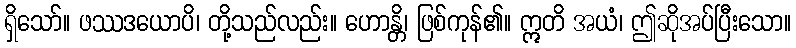
ရှိသော်။ ဖဿဒယောပိ၊ တို့သည်လည်း။ ဟောန္တိ၊ ဖြစ်ကုန်၏။ ဣတိ အယံ၊ ဤဆိုအပ်ပြီးသော။